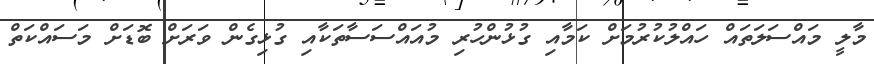
މާލީ މައްސަލަތައް ހައްލުކުރުމަށް ކަމާއި ގުޅުންހުރި މުއައްސަސާތަކާއި ގުޅިގެން ވަރަށް ބޮޑަށް މަސައްކަތް